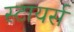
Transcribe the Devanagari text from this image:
स्टायर्स